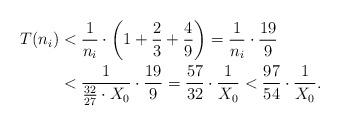
LaTeX: \begin{align*}T(n_i) &< \frac{1}{n_i} \cdot \left(1+\frac{2}{3}+\frac{4}{9}\right) =\frac{1}{n_i} \cdot \frac{19}{9}\\&< \frac{1}{\tfrac{32}{27} \cdot X_0} \cdot \frac{19}{9}= \frac{57}{32} \cdot \frac{1}{X_0} < \frac{97}{54} \cdot \frac{1}{X_0}.\end{align*}